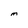
Character: M